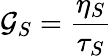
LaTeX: \mathcal{G}_{S}=\frac{{\eta_{S}}}{{\tau_{S}}}